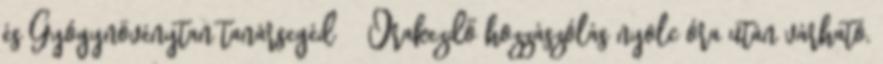
és Gyógynövénytan tanársegéd Órakezdő hozzászólás nyolc óra után várható,